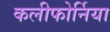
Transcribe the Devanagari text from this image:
कलीफोर्निया